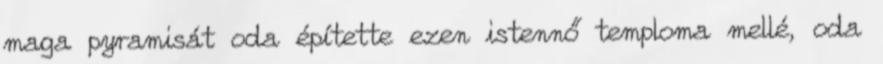
maga pyramisát oda építette ezen istennő temploma mellé, oda